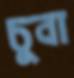
চুবা